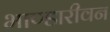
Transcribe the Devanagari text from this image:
भाण्डारीवन